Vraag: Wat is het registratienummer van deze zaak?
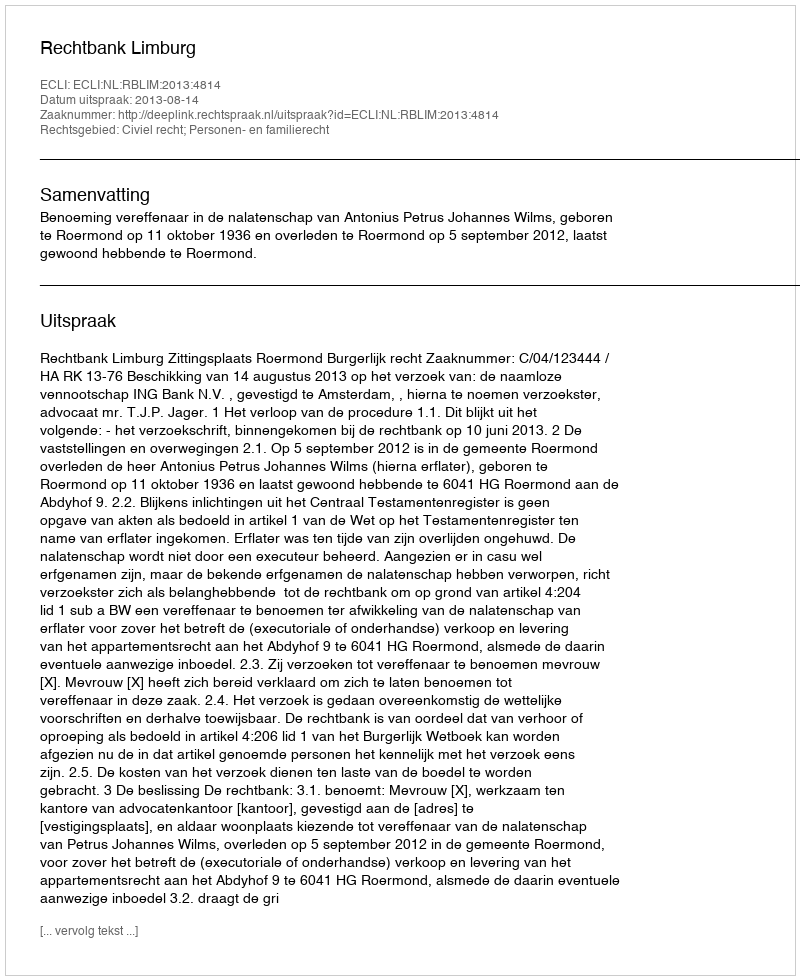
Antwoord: http://deeplink.rechtspraak.nl/uitspraak?id=ECLI:NL:RBLIM:2013:4814